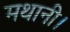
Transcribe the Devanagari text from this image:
मथानी।